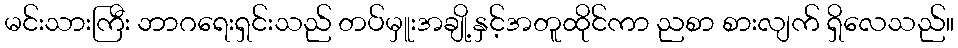
မင်းသားကြီး ဘာဂရေးရှင်းသည် တပ်မှူးအချို့နှင့်အတူထိုင်ကာ ညစာ စားလျက် ရှိလေသည်။